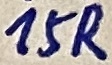
Text: 15R